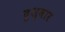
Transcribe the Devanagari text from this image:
दुश्‍वार